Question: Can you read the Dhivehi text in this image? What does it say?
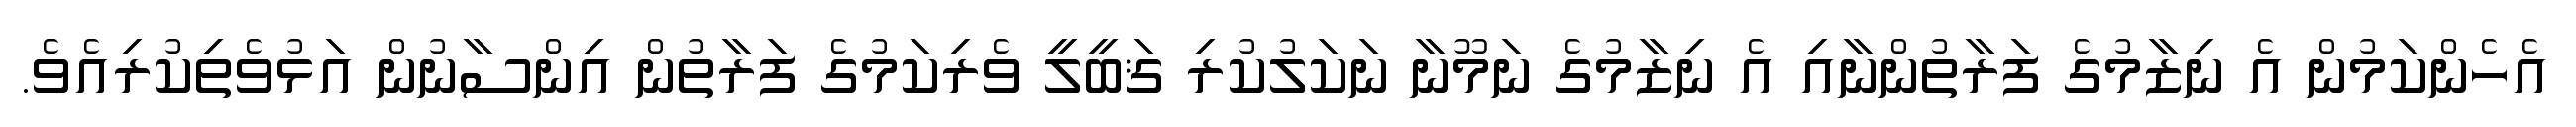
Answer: އެހެންކަމުން އެ ނިޒާމުގެ ފަރާތުންނާއި އެ ނިޒާމުގެ ނަމޫނާ ނަކަލުކުރި ޤަބީލީ ވެރިކަމުގެ ފަރާތުން އިންސާނުން އަޅުވެތިކުރިއެވެ.